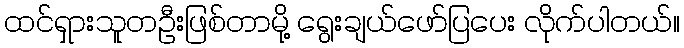
ထင်ရှားသူတဦးဖြစ်တာမို့ ရွေးချယ်ဖော်ပြပေး လိုက်ပါတယ်။